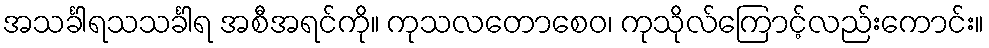
အသင်္ခါရသသင်္ခါရ အစီအရင်ကို။ ကုသလတောစေဝ၊ ကုသိုလ်ကြောင့်လည်းကောင်း။